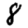
Digit: 8